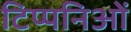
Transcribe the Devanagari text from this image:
टिप्पनिओं